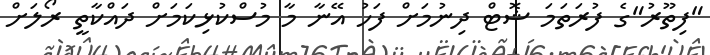
"ފިތޫރު"ގެ ފުރަތަމަ ޝޮޓް ދިނުމަށް ފަހު އޭނާ މާ މުސްކުޅިކަމަށް ދައްކާތީ ރޯލަށް